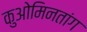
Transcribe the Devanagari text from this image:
कुओमिनतांग